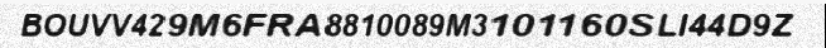
BOUVV429M6FRA8810089M3101160SLI44D9Z